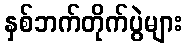
နှစ်ဘက်တိုက်ပွဲများ